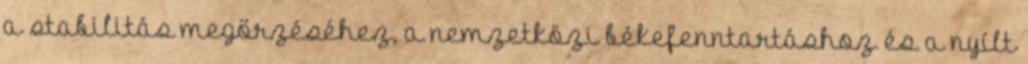
a stabilitás megőrzéséhez, a nemzetközi békefenntartáshoz és a nyílt